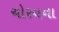
ચોરયના